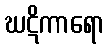
ဃဋိကာရော